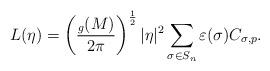
LaTeX: \begin{align*} L(\eta)=\left(\frac{_g(M)}{2\pi}\right)^{\frac{1}{2}}|\eta|^2\sum_{\sigma\in S_n}\varepsilon(\sigma)C_{\sigma,p}.\end{align*}